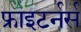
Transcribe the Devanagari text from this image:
फ्राइटर्नर्स